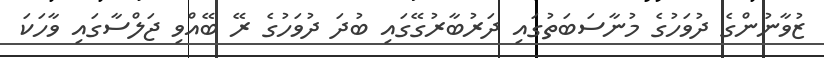
ޒުވާނުންގެ ދުވަހުގެ މުނާސަބަތުގައި ދަރުބާރުގޭގައި ބުދަ ދުވަހުގެ ރޭ ބޭއްވި ޖަލްސާގައި ވާހަކަ